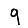
Digit: 9